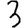
Digit: 3